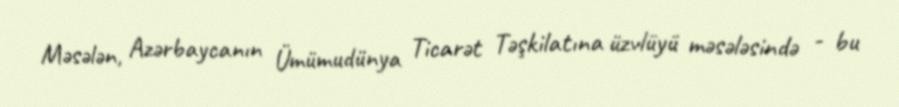
Məsələn, Azərbaycanın Ümümudünya Ticarət Təşkilatına üzvlüyü məsələsində - bu